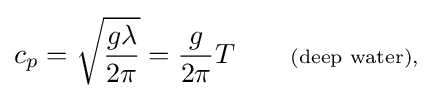
c_{p}={\sqrt {\frac {g\lambda }{2\pi }}}={\frac {g}{2\pi }}T\qquad \scriptstyle {\text{(deep water),}}